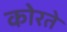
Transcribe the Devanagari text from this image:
कोरते